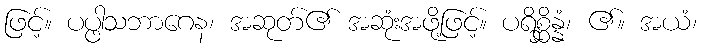
ဖြင့်။ ပပ္ဖါသဘာဂေန၊ အဆုတ်၏ အဆုံးအဖို့ဖြင့်။ ပရိစ္ဆိန္နံ၊ ၏။ အယံ၊